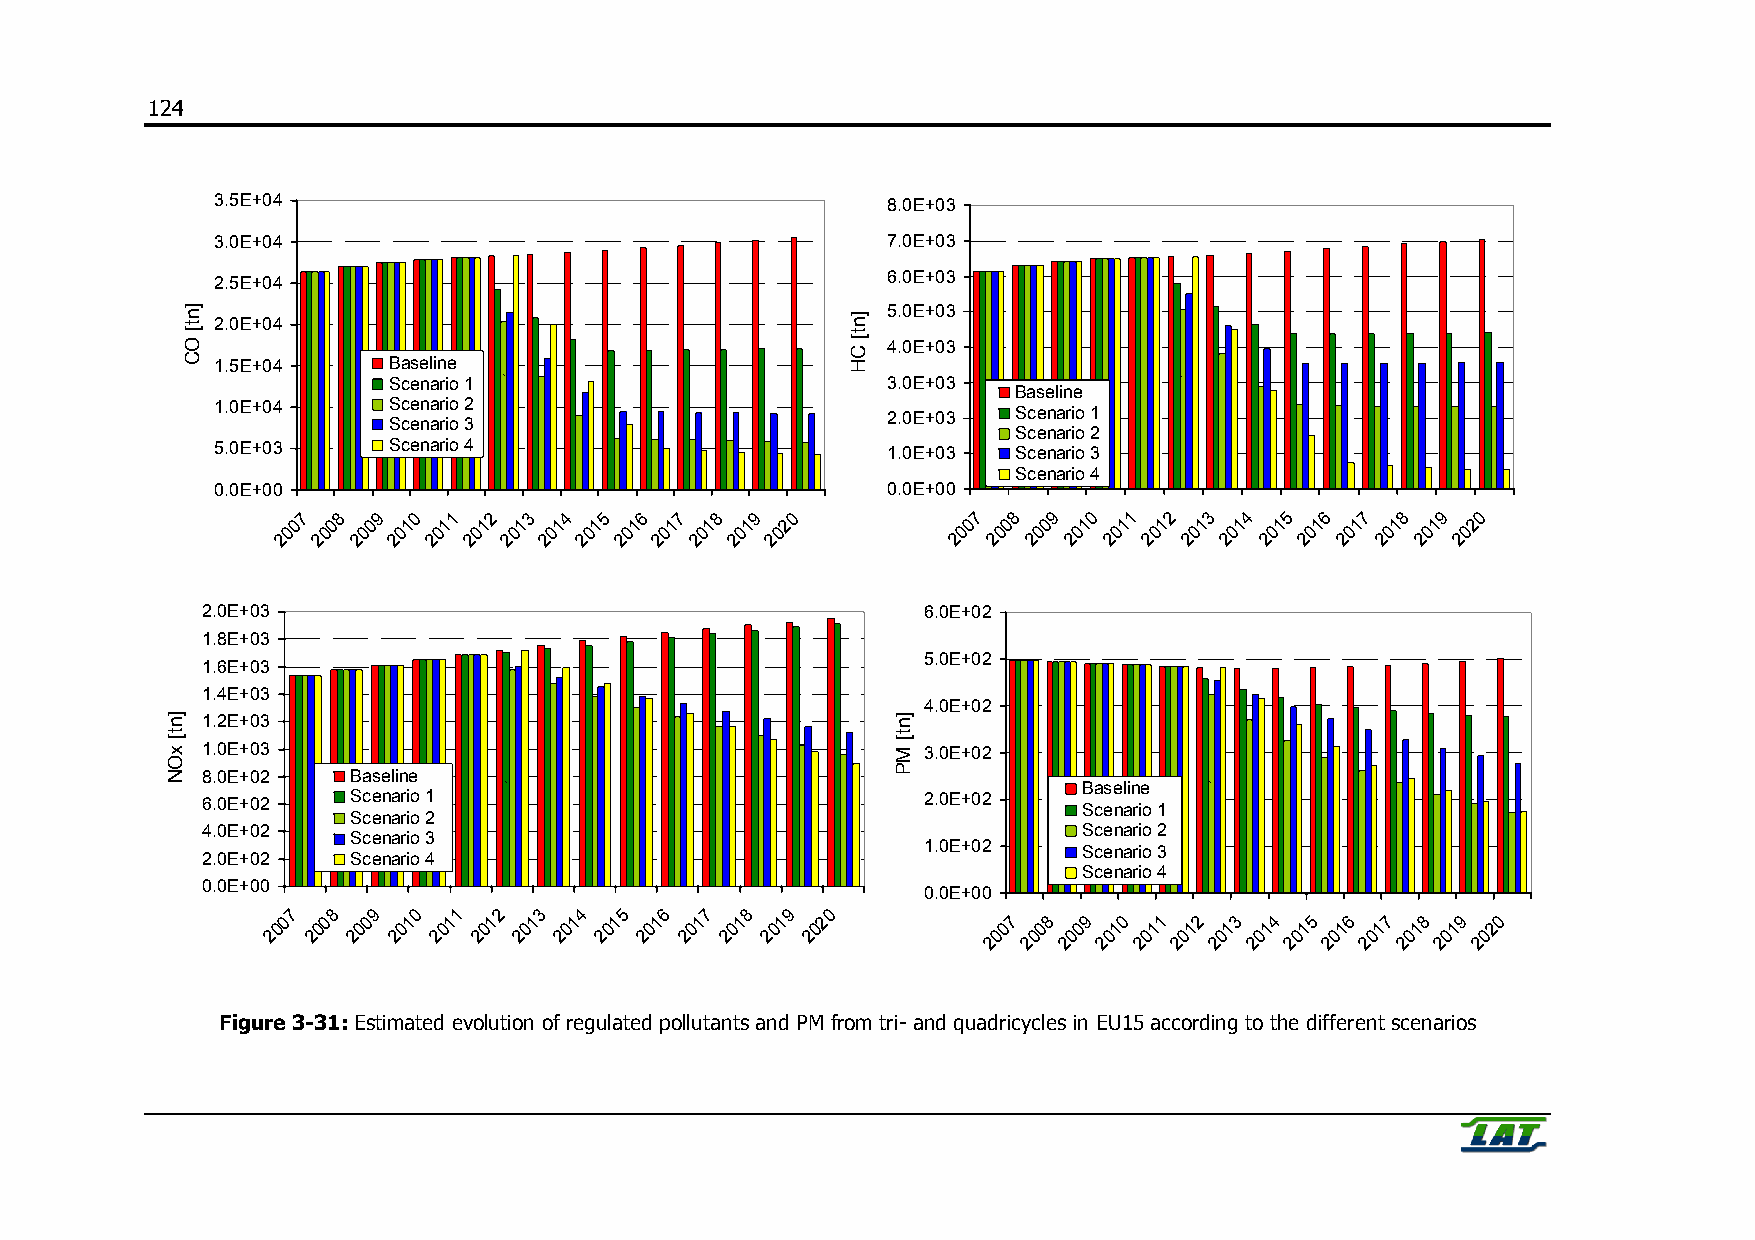
124
 3.5E+04                                      8.0E+03
 3.0E+04                                      7.0E+03
 6.0E+03
 2.5E+04
 5.0E+03
 2.0E+04
 4.0E+03
 1.5E+04     Baseline
 Scenario 1 `                     3.0E+03            `
 Baseline
 1.0E+04     S Sc ce en na ar ri io o 2 3     2.0E+03 Scenario 1
 Scenario 2
 5.0E+03     Scenario 4                       1.0E+03 Scenario 3
 Scenario 4
 0.0E+00                                      0.0E+00
 7 8  9 0  1 2  3 4  5 6  7 8  9 0           7  8 9  0  1 2  3 4  5  6 7  8 9  0
 00 00 00 01 01 01 01 01 01 01 01 01 01 02   00 00 00 01 01 01 01 01 01 01 01 01 01 02
 2  2 2  2 2  2 2  2 2  2 2  2 2  2           2  2 2  2 2  2 2  2  2 2  2 2  2 2
 2.0E+03                                         6.0E+02
 1.8E+03
 5.0E+02
 1.6E+03
 1.4E+03
 4.0E+02
 1.2E+03
 1.0E+03                                         3.0E+02
 8.0E+02   Baseline
 `                                      Baseline `
 6.0E+02   Scenario 1                            2.0E+02    Scenario 1
 Scenario 2
 4.0E+02                                                    Scenario 2
 Scenario 3
 1.0E+02    Scenario 3
 2.0E+02   Scenario 4
 Scenario 4
 0.0E+00
 0.0E+00
 7  8  9 0  1  2  3 4  5  6  7 8  9  0
 0 0  0  1  1 1  1  1  1 1  1  1  1 2            7 8  9 0  1 2  3 4  5 6  7 8  9 0
 0  0  0 0  0  0  0 0  0  0  0 0  0  0           0  0 0  1 1  1 1  1 1  1 1  1 1  2
 2 2  2  2  2 2  2  2  2 2  2  2  2 2            0 0  0 0  0 0  0 0  0 0  0 0  0 0
 2  2 2  2 2  2 2  2 2  2 2  2 2  2
 Figure 3-31: Estimated evolution of regulated pollutants and PM from tri- and quadricycles in EU15 according to the different scenarios
 ]nt[
 xON
 ]nt[
 OC
 ]nt[
 CH
 ]nt[
 MP